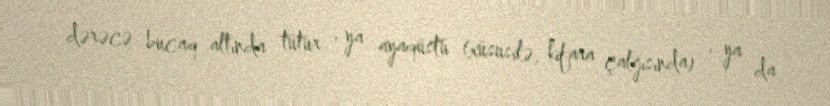
dərəcə bucaq altında tutur , ya ayaqüstü (xüsusilə, kifara çalğısında) , ya da